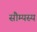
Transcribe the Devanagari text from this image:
सौम्यस्य